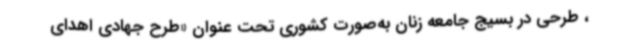
، طرحی در بسیج جامعه زنان به‌صورت کشوری تحت عنوان «طرح جهادی اهدای